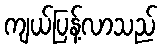
ကျယ်ပြန့်လာသည်